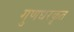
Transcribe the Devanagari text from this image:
गुणधरकृत